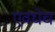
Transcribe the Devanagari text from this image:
एवधेच